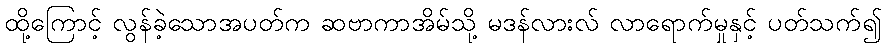
ထို့ကြောင့် လွန်ခဲ့သောအပတ်က ဆဗာကာအိမ်သို့ မဒန်လားလ် လာရောက်မှုနှင့် ပတ်သက်၍